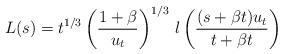
LaTeX: \begin{align*} L(s)= t^{1/3}\left(\frac{1+\beta }{u_t}\right)^{1/3}\,l\left(\frac{(s+\beta t) u_t}{t+\beta t}\right)\end{align*}